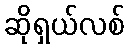
ဆိုရှယ်လစ်